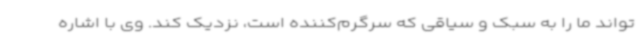
‌تواند ما را به سبک و سیاقی که سرگرم‌کننده است، نزدیک کند. وی با اشاره